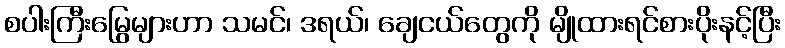
စပါးကြီးမြွေများဟာ သမင်၊ ဒရယ်၊ ချေငယ်တွေကို မျိုထားရင်စားပိုးနင့်ပြီး